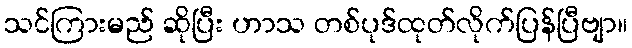
သင်ကြားမည် ဆိုပြီး ဟာသ တစ်ပုဒ်ထုတ်လိုက်ပြန်ပြီဗျာ။